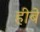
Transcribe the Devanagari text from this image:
हीबे